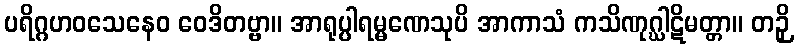
ပရိဂ္ဂဟဝသေနေဝ ဝေဒိတဗ္ဗာ။ အာရုပ္ပါရမ္မဏေသုပိ အာကာသံ ကသိဏုဂ္ဃါဋိမတ္တာ။ တဉှိ